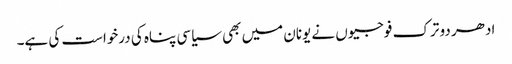
ادھر دو ترک فوجیوں نے یونان میں بھی سیاسی پناہ کی درخواست کی ہے۔